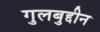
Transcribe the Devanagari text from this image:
गुलबुद्दीन